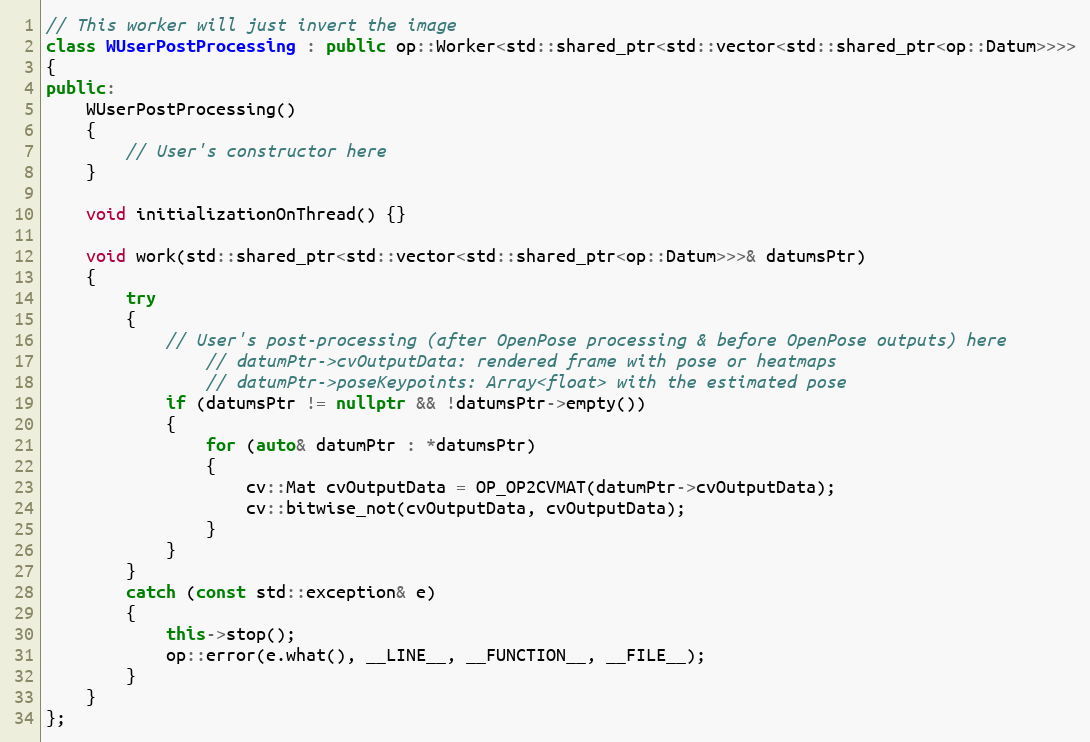
Language: C++
// This worker will just invert the image
class WUserPostProcessing : public op::Worker<std::shared_ptr<std::vector<std::shared_ptr<op::Datum>>>>
{
public:
    WUserPostProcessing()
    {
        // User's constructor here
    }

    void initializationOnThread() {}

    void work(std::shared_ptr<std::vector<std::shared_ptr<op::Datum>>>& datumsPtr)
    {
        try
        {
            // User's post-processing (after OpenPose processing & before OpenPose outputs) here
                // datumPtr->cvOutputData: rendered frame with pose or heatmaps
                // datumPtr->poseKeypoints: Array<float> with the estimated pose
            if (datumsPtr != nullptr && !datumsPtr->empty())
            {
                for (auto& datumPtr : *datumsPtr)
                {
                    cv::Mat cvOutputData = OP_OP2CVMAT(datumPtr->cvOutputData);
                    cv::bitwise_not(cvOutputData, cvOutputData);
                }
            }
        }
        catch (const std::exception& e)
        {
            this->stop();
            op::error(e.what(), __LINE__, __FUNCTION__, __FILE__);
        }
    }
};